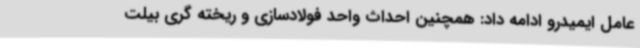
عامل ایمیدرو ادامه داد: همچنین احداث واحد فولادسازی و ریخته گری بیلت